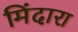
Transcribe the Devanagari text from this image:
मिंदारा